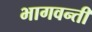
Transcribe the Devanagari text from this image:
भागवन्ती